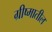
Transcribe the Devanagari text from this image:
ग्रीष्मातील